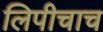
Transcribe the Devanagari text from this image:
लिपीचाच